Annual statistical returns and brief notes on vaccination in Bengal - 1887-1898
Year: 1887
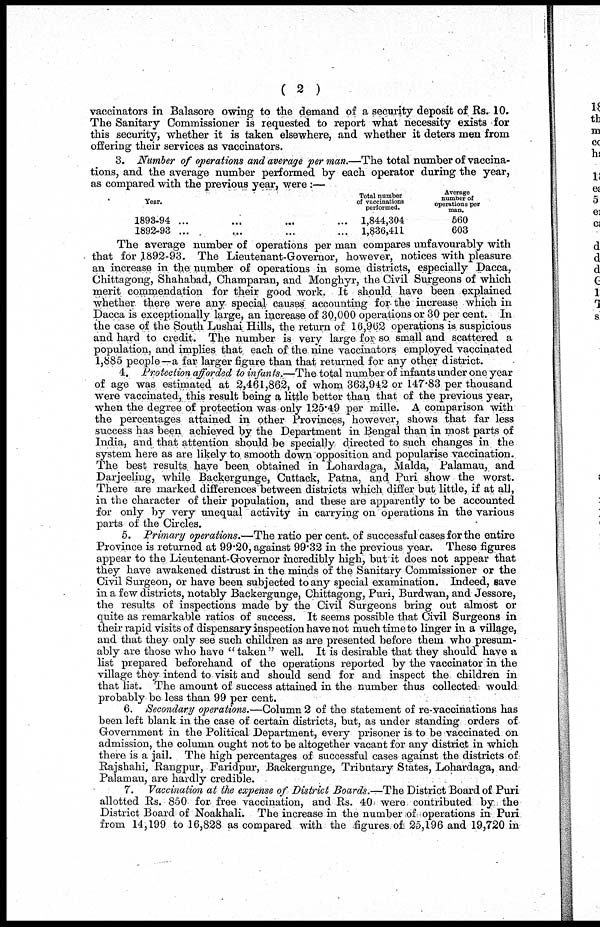
( 2 )
vaccinators in Balasore owing to the demand of a security deposit of Rs. 10.
The Sanitary Commissioner is requested to report what necessity exists for
this security, whether it is taken elsewhere, and whether it deters men from
offering their services as vaccinators.
3. Number of operations and average per man.—The total number of vaccina-
tions, and the average number performed by each operator during the year,
as compared with the previous year, were :—
Year.
1893-94 ... ... ... ...
1892-93 ... ... ... ...
Total number
of vaccinations
performed.
1,844,304
1,836,411
Average
number of
operations per
man.
560
603
The average number of operations per man compares unfavourably with
that for 1892-93. The Lieutenant-Governor, however, notices with pleasure
an increase in the number of operations in some districts, especially Dacca,
Chittagong, Shahabad, Champaran, and Monghyr, the Civil Surgeons of which
merit commendation for their good work. It should have been explained
whether there were any special causes accounting for the increase which in
Dacca is exceptionally large, an increase of 30,000 operations or 30 per cent. In
the case of the South Lushai Hills, the return of 16,962 operations is suspicious
and hard to credit. The number is very large for so. small and scattered a
population, and implies that each of the nine vaccinators employed vaccinated
1,885 people—a far larger figure than that returned for any other district.
4. Protection afforded to infants.—The total number of infants under one year
of age was estimated at 2,461,862, of whom 363,942 or 147.83 per thousand
were vaccinated, this result being a little better than that of the previous year,
when the degree of protection was only 125.49 per mille. A comparison with
the percentages attained in other Provinces, however, shows that far less
success has been achieved by the Department in Bengal than in most parts of
India, and that attention should be specially directed to such changes in the
system here as are likely to smooth down opposition and popularise vaccination.
The best results have been obtained in Lohardaga, Malda, Palamau, and
Darjeeling, while Backergunge, Cuttack, Patna, and Puri show the worst.
There are marked differences between districts which differ but little, if at all,
in the character of their population, and these are apparently to be accounted
for only by very unequal activity in carrying on operations in the various
parts of the Circles.
5. Primary operations.—The ratio per cent. of successful cases for the entire
Province is returned at 99.20, against 99.32 in the previous year. These figures
appear to the Lieutenant-Governor incredibly high, but it does not appear that
they have awakened distrust in the minds of the Sanitary Commissioner or the
Civil Surgeon, or have been subjected to any special examination. Indeed, save
in a few districts, notably Backergunge, Chittagong, Puri, Burdwan, and Jessore,
the results of inspections made by the Civil Surgeons bring out almost or
quite as remarkable ratios of success. It seems possible that Civil Surgeons in
their rapid visits of dispensary inspection have not much time to linger in a village,
and that they only see such children as are presented before them who presum-
ably are those who have "taken" well. It is desirable that they should have a
list prepared beforehand of the operations reported by the vaccinator in the
village they intend to visit and should send for and inspect the children in
that list. The amount of success attained in the number thus collected would
probably be less than 99 per cent.
6. Secondary operations.—Column 2 of the statement of re-vaccinations has
been left blank in the case of certain districts, but, as under standing orders of
Government in the Political Department, every prisoner is, to be vaccinated on
admission, the column ought not to be altogether vacant for any district in which
there is a jail. The high percentages of successful cases against the districts of
Rajshahi, Rangpur, Faridpur, Backergunge, Tributary States, Lohardaga, and
Palamau, are hardly credible.
7. Vaccination at the expense of District Boards.—The District Board of Puri
allotted Rs. 850 for free vaccination, and Rs. 40 were contributed by the
District Board of Noakhali. The increase in the number of operations in Puri
from 14,199 to 16,828 as compared with the figures of 25,196 and 19,720 in